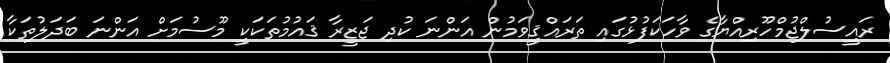
ރައީސުލްޖުމްހޫރިއްޔާގެ ވާހަކަފުޅުގައި ތަރައްޤީވަމުން އަންނަ ކުދި ޖަޒީރާ ޤައުމުތަކަކީ މޫސުމަށް އަންނަ ބަދަލުތަކާ